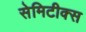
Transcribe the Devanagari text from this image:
सेमिटीक्स